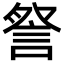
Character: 詧